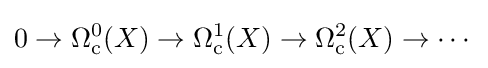
0\to \Omega _{\mathrm {c} }^{0}(X)\to \Omega _{\mathrm {c} }^{1}(X)\to \Omega _{\mathrm {c} }^{2}(X)\to \cdots